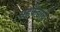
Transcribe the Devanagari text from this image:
सहकैद्यांचे